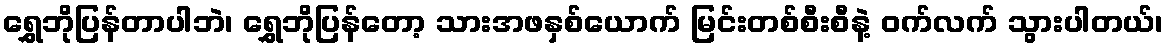
ရွှေဘိုပြန်တာပါဘဲ၊ ရွှေဘိုပြန်တော့ သားအဖနှစ်ယောက် မြင်းတစ်စီးစီနဲ့ ဝက်လက် သွားပါတယ်၊